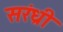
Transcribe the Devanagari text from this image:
सरंध्री